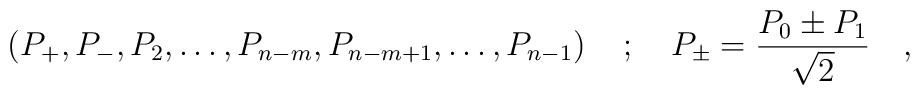
\left( P_{+},P_{-},P_2,\ldots ,P_{n-m},P_{n-m+1},\ldots,P_{n-1}\right) \quad ;\quad P_{\pm }=\frac{P_0\pm P_1}{\sqrt{2}}\quad ,